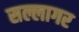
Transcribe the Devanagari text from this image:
सल्लागर